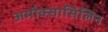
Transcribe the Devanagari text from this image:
अमौक्सासिलिन